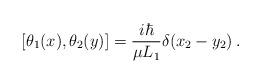
LaTeX: \begin{align*}[\theta_1(x), \theta_2(y)] = {i\hbar \over \mu L_1} \delta(x_2 - y_2)\,.\end{align*}